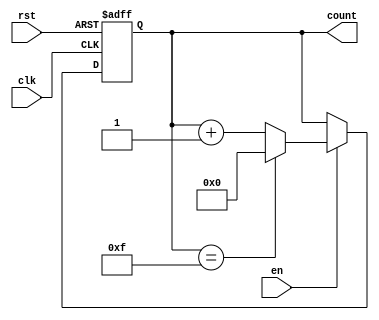
module multi_bit_counter #(
    parameter WIDTH = 4,          // Parameter for bit width of the counter
    parameter INITIAL_VALUE = 0   // Initial value for the counter
)(
    input wire clk,               // Clock signal
    input wire rst,               // Asynchronous reset
    input wire en,                // Enable signal
    output reg [WIDTH-1:0] count  // Multi-bit output for the current count value
);

    // Maximum value for the counter based on the width
    localparam MAX_VALUE = (1 << WIDTH) - 1;

    // Always block for the counter operation
    always @(posedge clk or posedge rst) begin
        if (rst) begin
            count <= INITIAL_VALUE; // Reset the counter to the initial value
        end else if (en) begin
            if (count == MAX_VALUE) begin
                count <= 0; // Wrap around to zero if max value is reached
            end else begin
                count <= count + 1; // Increment the counter
            end
        end
    end

endmodule